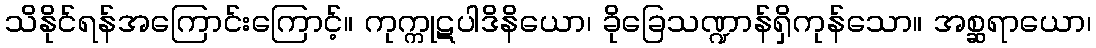
သိနိုင်ရန်အကြောင်းကြောင့်။ ကုက္ကုဋပါဒိနိယော၊ ခိုခြေသဏ္ဍာန်ရှိကုန်သော။ အစ္ဆရာယော၊